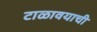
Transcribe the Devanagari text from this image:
टाळावयाची